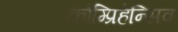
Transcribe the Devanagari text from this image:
कोम्प्रिहेन्सिव